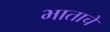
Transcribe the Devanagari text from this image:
भाताचें